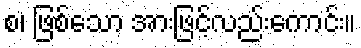
စ၊ ဖြစ်သော အားဖြင့်လည်းကောင်း။